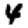
Digit: 4